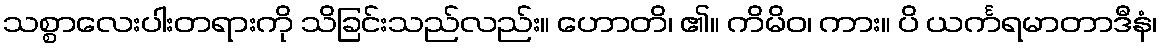
သစ္စာလေးပါးတရားကို သိခြင်းသည်လည်း။ ဟောတိ၊ ၏။ ကိမိဝ၊ ကား။ ပိ ယင်္ကရမာတာဒီနံ၊